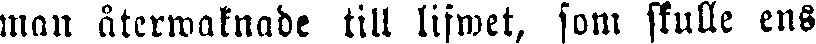
man återwaknade till lifwet, som skulle ens